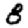
Digit: 8